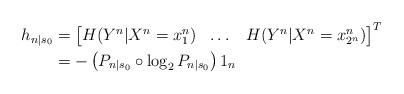
LaTeX: \begin{align*}h_{n|s_0}&=\begin{bmatrix} H(Y^n|X^n = x^n_1) & \dots & H(Y^n|X^n = x^n_{2^{n}})\end{bmatrix}^T\\&=-\left(P_{n|s_0}\circ\log_2 P_{n|s_0}\right)1_{n}\end{align*}